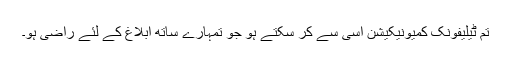
تم ٹیلیفونک کمیونیکیشن اسی سے کر سکتے ہو جو تمہارے ساتھ ابلاغ کے لئے راضی ہو۔